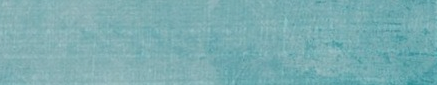
UnderNewMgmt